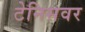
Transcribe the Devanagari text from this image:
टेनिसवर